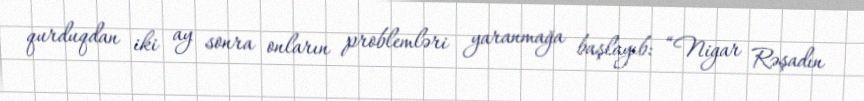
qurduqdan iki ay sonra onların problemləri yaranmağa başlayıb: “Nigar Rəşadın